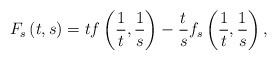
LaTeX: \begin{align*}F_s \left( {t,s} \right) = tf\left( {\frac{1}{t},\frac{1}{s}}\right) - \frac{t}{s}f_s \left( {\frac{1}{t},\frac{1}{s}} \right),\end{align*}